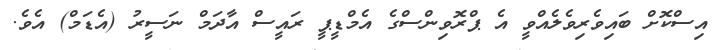
އިސްކޮށް ބައިވެރިވެލެއްވީ އެ ޕްރޮވިންސްގެ އެމްޑީޕީ ރައީސް އާދަމް ނަސީރު (އެޑަމް) އެވެ.